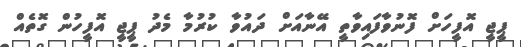
ޕީޖީ އޮފީހަށް ފޮނުވާފައިވާތީ އޭނާއަށް ދައުވާ ކުރުމާ މެދު ޕީޖީ އޮފީހުން ގޮތެއް